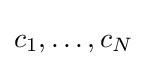
c_{1},\ldots ,c_{N}